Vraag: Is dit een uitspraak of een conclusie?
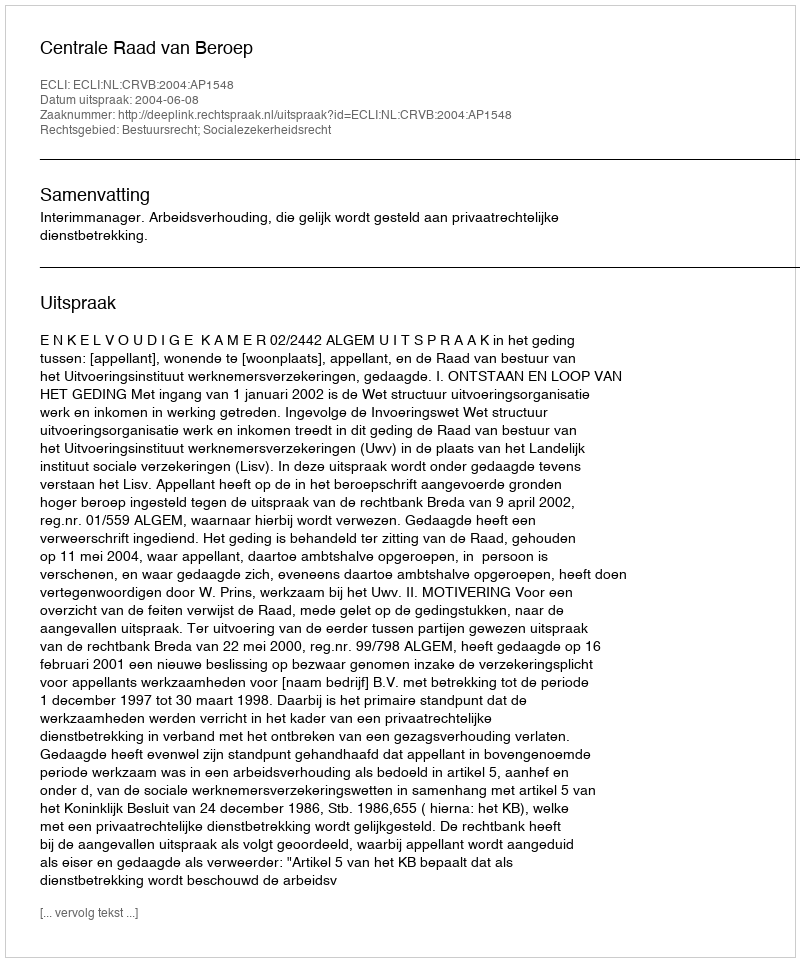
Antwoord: Uitspraak